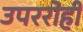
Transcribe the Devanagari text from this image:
उपररोही